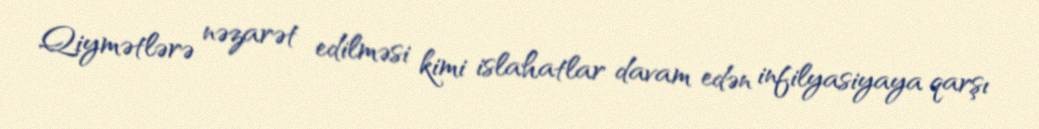
Qiymətlərə nəzarət edilməsi kimi islahatlar davam edən infilyasiyaya qarşı